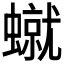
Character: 𧑙